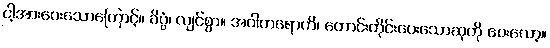
ငါ့အားပေးသောကြောင့်။ ခိပ္ပံ၊ လျင်စွာ။ အဝါကရောဟိ၊ တောင်းတိုင်းပေးသောဆုကို ပေးလော့။